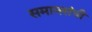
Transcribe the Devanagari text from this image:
समानसंधी